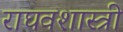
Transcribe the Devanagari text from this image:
राघवशास्त्री